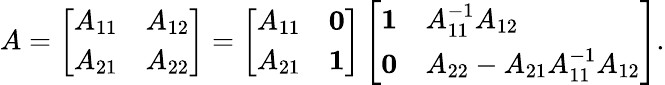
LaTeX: \begin{array}{r}{A=\left[\begin{array}{ll}{A_{11}}&{A_{12}}\\ {A_{21}}&{A_{22}}\end{array}\right]=\left[\begin{array}{ll}{A_{11}}&{\boldsymbol{0}}\\ {A_{21}}&{\boldsymbol{1}}\end{array}\right]\left[\begin{array}{ll}{\boldsymbol{1}}&{A_{11}^{-1}A_{12}}\\ {\boldsymbol{0}}&{A_{22}-A_{21}A_{11}^{-1}A_{12}}\end{array}\right].}\end{array}